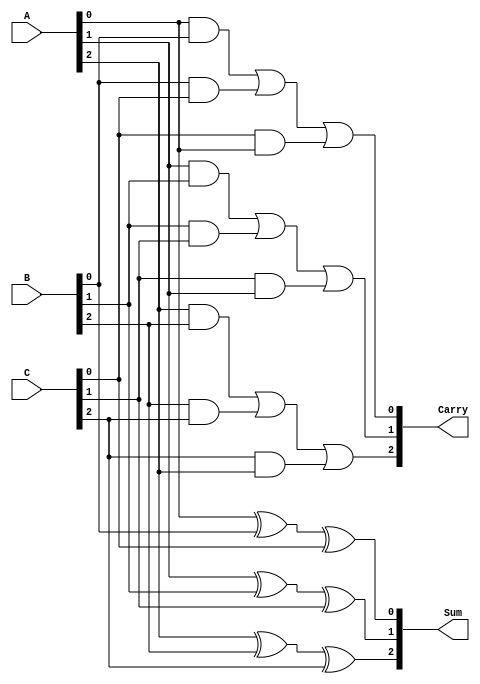
module CarrySaveAdder (
    input  [2:0] A,  // 3-bit input A
    input  [2:0] B,  // 3-bit input B
    input  [2:0] C,  // 3-bit input C
    output [2:0] Sum, // 3-bit output Sum
    output [2:0] Carry // 3-bit output Carry
);

    // Stage 1: Calculate Sum and Carry for each bit
    assign Sum[0] = A[0] ^ B[0] ^ C[0]; // Sum for LSB
    assign Carry[0] = (A[0] & B[0]) | (B[0] & C[0]) | (C[0] & A[0]); // Carry for LSB

    assign Sum[1] = A[1] ^ B[1] ^ C[1]; // Sum for middle bit
    assign Carry[1] = (A[1] & B[1]) | (B[1] & C[1]) | (C[1] & A[1]); // Carry for middle bit

    assign Sum[2] = A[2] ^ B[2] ^ C[2]; // Sum for MSB
    assign Carry[2] = (A[2] & B[2]) | (B[2] & C[2]) | (C[2] & A[2]); // Carry for MSB

endmodule